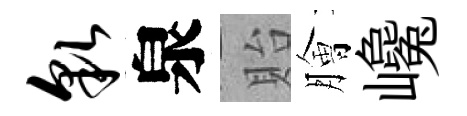
貌泉貽膾巉